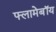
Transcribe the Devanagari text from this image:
फ्लामेबॉय